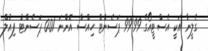
ގެލީނާ އަކީ އެސްޓީއޯގެ 99.99 ޕަސެންޓް ހިއްސާ އޮންނަ 0.01 ޕަސެންޓު ފިއުލް